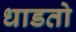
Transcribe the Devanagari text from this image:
धाडतो